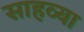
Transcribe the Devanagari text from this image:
साहव्या